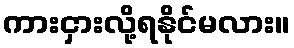
ကားငှားလို့ရနိုင်မလား။